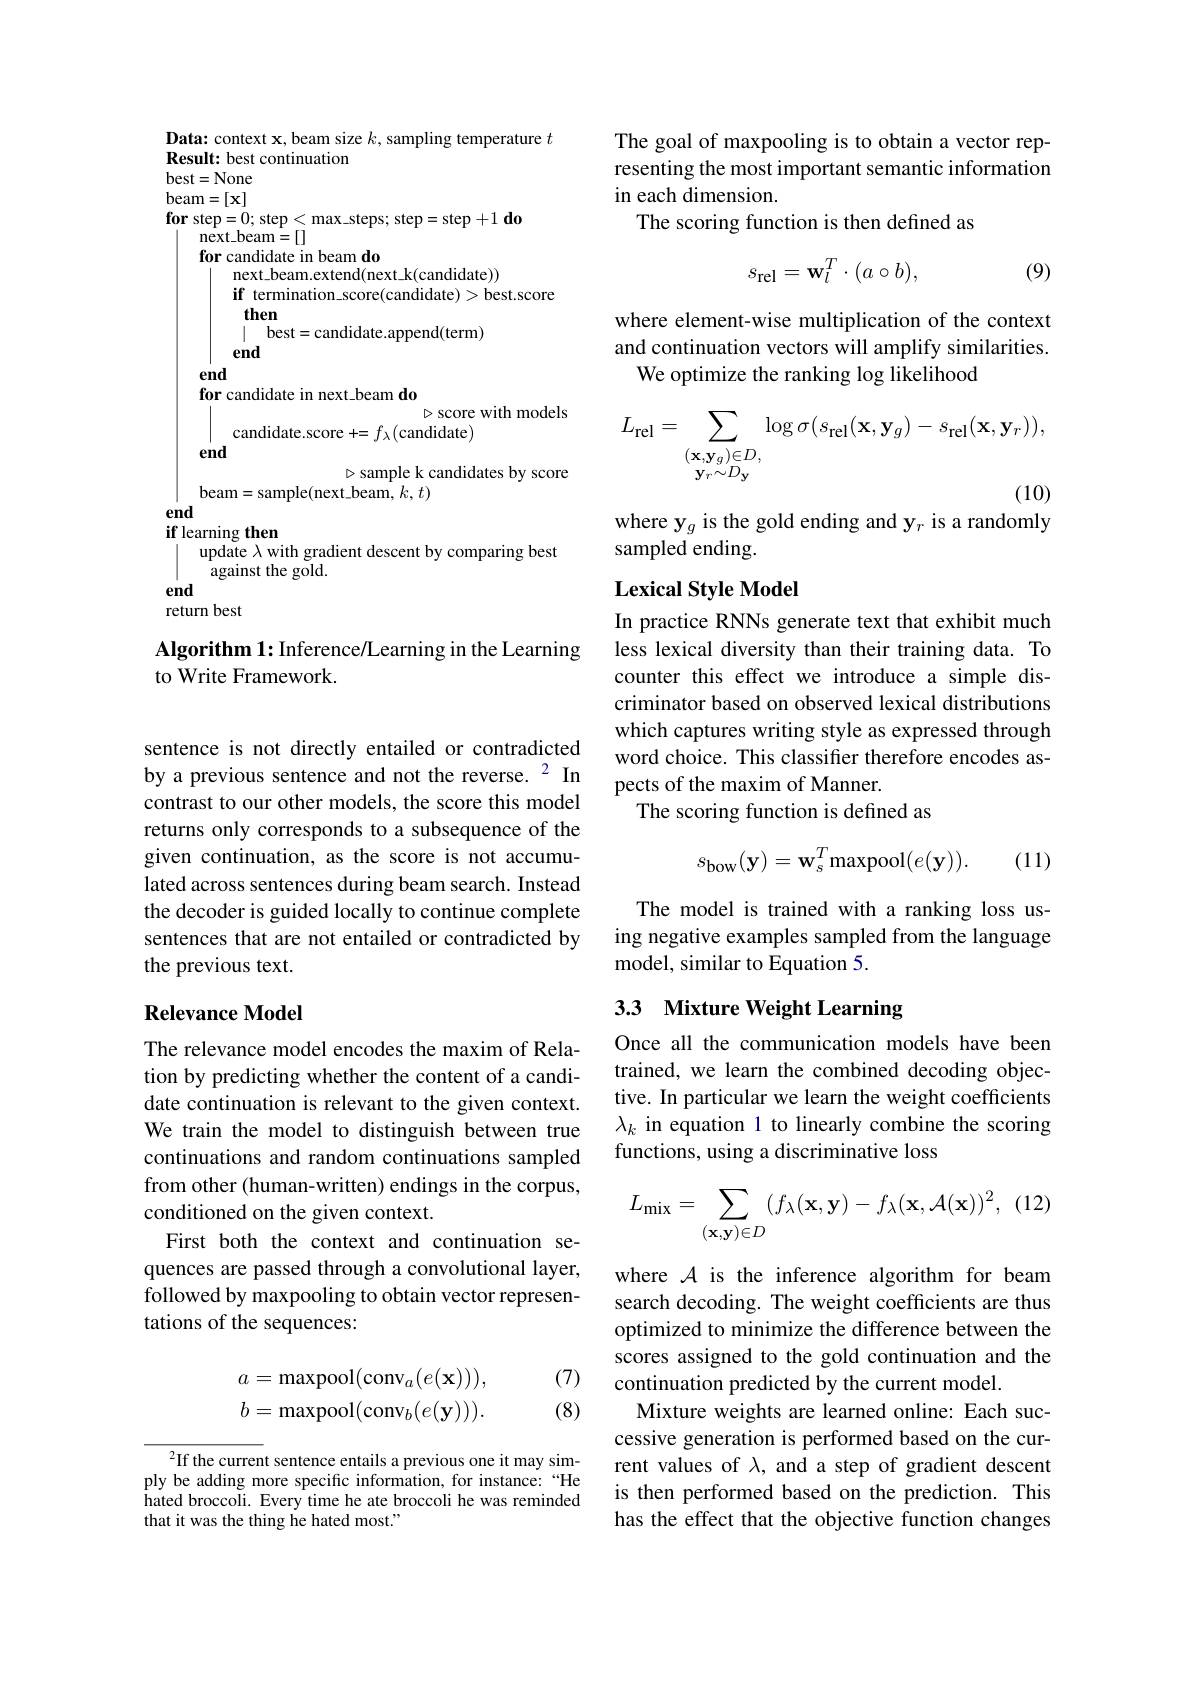
Data: context $\mathbf{x}$,beam size $k$, sampling temperature $t$
Result: best continuation
best= None beam= [ x] $\mathbf{for~step=0;~step<max\_steps;~step=step+1~do}$
${\overset{\mathrm{next\_beam}}{\operatorname*{\operatorname*{\operatorname*{next\_beam}}}}}=[]$
for candidate in beam do
next\_beam.extend(next\_k(candidate))
if termination\_score(candidate)>best.score
then
$\mid$ best=candidate.append(term)
end
end
for candidate in next\_beam do
$\triangleright$score with models
candidate.score $+=f_\lambda\left(\mathrm{candidate}\right)$
end
$\triangleright$ sample k candidates by score
beam=sample(next\_beam$,k,t)$
end
if learning then
update $\lambda$ with gradient descent by comparing best
against the gold.
end
return best
Algorithm 1: Inference/Learning in the Learning

to Write Framework.

sentence is not directly entailed or contradicted by a previous sentence and not the reverse. $^{2}$ In contrast to our other models, the score this model returns only corresponds to a subsequence of the given continuation, as the score is not accumulated across sentences during beam search. Instead the decoder is guided locally to continue complete sentences that are not entailed or contradicted by the previous text.

## Relevance Model

The relevance model encodes the maxim of Relation by predicting whether the content of a candidate continuation is relevant to the given context. We train the model to distinguish between true continuations and random continuations sampled from other (human-written) endings in the corpus, conditioned on the given context.
First both the context and continuation sequences are passed through a convolutional layer, followed by maxpooling to obtain vector representations of the sequences:

(7)
$$\begin{aligned}a&=\mathrm{maxpool}(\mathrm{conv}_a(e(\mathbf{x}))),\\b&=\mathrm{maxpool}(\mathrm{conv}_b(e(\mathbf{y}))).\end{aligned}$$
(8)

$^2$If the current sentence entails a previous one it may simply be adding more specific information, for instance: “He hated broccoli. Every time he ate broccoli he was reminded that it was the thing he hated most."

The goal of maxpooling is to obtain a vector representing the most important semantic information in each dimension.
The scoring function is then defined as
$$s_{\mathrm{rel}}=\mathbf{w}_{l}^{T}\cdot(a\circ b),$$
(9)

where element-wise multiplication of the context and continuation vectors will amplify similarities.
We optimize the ranking log likelihood
$$\begin{aligned}L_{\mathrm{rel}}&=\sum_{(\mathbf{x},\mathbf{y}_{g})\in D,}\log\sigma(s_{\mathrm{rel}}(\mathbf{x},\mathbf{y}_{g})-s_{\mathrm{rel}}(\mathbf{x},\mathbf{y}_{r})),\\&\mathbf{y}_{r}\sim D_{\mathbf{y}}\end{aligned}$$
where y$_g$ is the gold ending and y$_r$ is a randomly
sampled ending.

## $\textbf{Lexical Style Model}$

In practice RNNs generate text that exhibit much less lexical diversity than their training data. To counter this effect we introduce a simple discriminator based on observed lexical distributions which captures writing style as expressed through word choice. This classifier therefore encodes aspects of the maxim of Manner.
The scoring function is defined as
$$s_{\mathrm{bow}}(\mathbf{y})=\mathbf{w}_{s}^{T}\mathrm{maxpool}(e(\mathbf{y})).$$
(11)

The model is trained with a ranking loss using negative examples sampled from the language model, similar to Equation 5.

# 3.3 Mixture Weight Learning

Once all the communication models have been trained, we learn the combined decoding objective. In particular we learn the weight coefficients $\lambda_k$ in equation 1 to linearly combine the scoring functions, using a discriminative loss
$$L_{\min}=\sum_{(\mathbf{x},\mathbf{y})\in D}(f_{\lambda}(\mathbf{x},\mathbf{y})-f_{\lambda}(\mathbf{x},\mathcal{A}(\mathbf{x}))^{2},$$
where $\mathcal{A}$ is the inference algorithm for beam search decoding. The weight coefficients are thus optimized to minimize the difference between the scores assigned to the gold continuation and the continuation predicted by the current model.
Mixture weights are learned online: Each successive generation is performed based on the current values of $\lambda$, and a step of gradient descent is then performed based on the prediction. This has the effect that the objective function changes